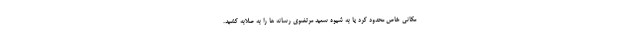
مکانی خاص محدود کرد یا به شیوه سعید مرتضوی رسانه ها را به صلابه کشید.